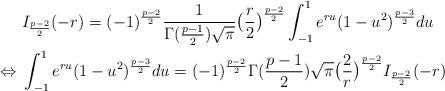
LaTeX: \begin{align*}&I_\frac{p-2}{2}(-r)=(-1)^\frac{p-2}{2}\frac{1}{\Gamma(\frac{p-1}{2})\sqrt{\pi}} \big(\frac{r}{2}\big)^\frac{p-2}{2}\int_{-1}^1 e^{ru}(1-u^2)^{\frac{p-3}{2}}du\\\Leftrightarrow\ & \int_{-1}^1 e^{ru}(1-u^2)^{\frac{p-3}{2}}du=(-1)^\frac{p-2}{2} \Gamma(\frac{p-1}{2})\sqrt{\pi} \big(\frac{2}{r}\big)^\frac{p-2}{2} I_\frac{p-2}{2}(-r)\end{align*}